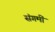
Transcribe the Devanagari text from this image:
संगमीं